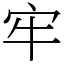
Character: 牢